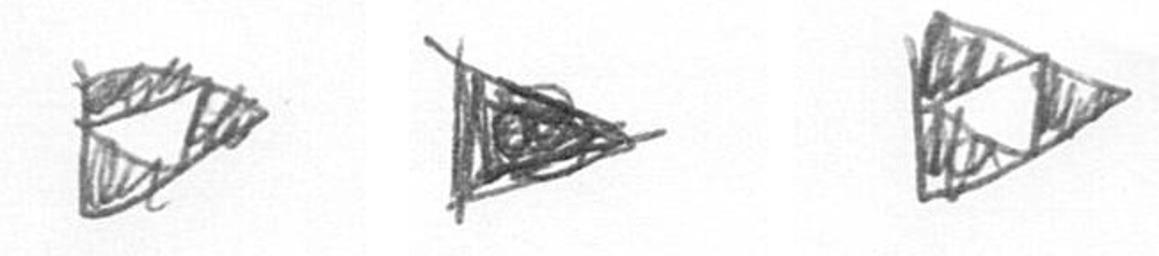
K T K